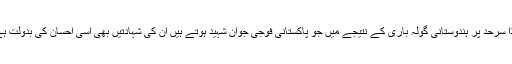
لہذا سرحد پر ہندوستانی گولہ باری کے نتیجے میں جو پاکستانی فوجی جوان شہید ہوتے ہیں ان کی شہادتیں بھی اسی احسان کی بدولت ہے۔